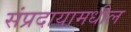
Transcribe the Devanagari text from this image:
संप्रदायामधील